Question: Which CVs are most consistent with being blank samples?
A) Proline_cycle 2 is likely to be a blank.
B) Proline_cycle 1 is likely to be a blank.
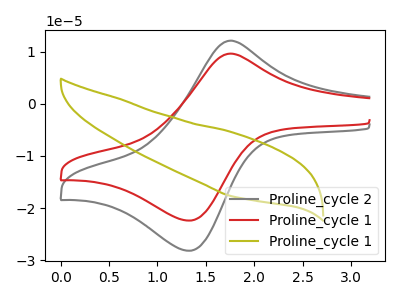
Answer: <think>The gray curve "Proline_cycle 2" has an anodic peak at (1.75V, 12.10uA) and a cathodic peak at (1.35V, -28.15uA). The red curve "Proline_cycle 1" has an anodic peak at (1.75V, 9.60uA) and a cathodic peak at (1.35V, -22.40uA). The olive curve "Proline_cycle 1" has no peaks.</think>
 <answer>B) "Proline_cycle 1" is likely to be a blank.</answer>
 <eval>B</eval>